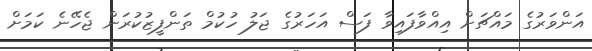
އަންވަރުގެ މައްޗަށް އިއްވާފައިވާ ފަސް އަހަރުގެ ޖަލު ހުކުމް ތަންފީޒުކުރަން ޖެހޭނެ ކަމަށް